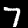
Digit: 7